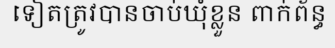
ទៀតត្រូវបានចាប់ឃុំខ្លួន ពាក់ព័ន្ធ